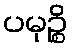
ပမုဉ္စိ